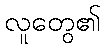
လူတွေ၏